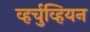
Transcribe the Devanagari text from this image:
व्हर्चुव्हियन